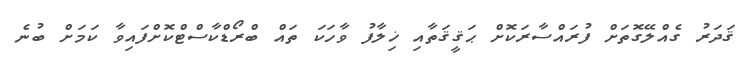
ޤަދަރު ގެއްލޭގޮތަށް ފުރައްސާރަކޮށް ޙަޤީޤަތާއި ޚިލާފު ވާހަކަ ތައް ބްރޯޑްކާސްޓްކޮށްފައިވާ ކަމަށް ބުނެ